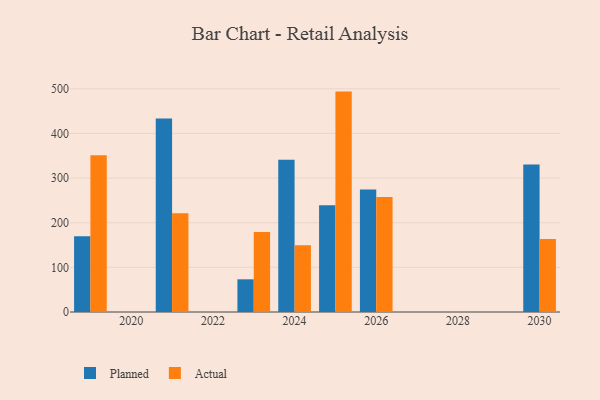
{"axis": {"x": "Year", "y": "Churn Rate (%)"}, "legend": ["Actual", "Planned"], "data": [{"x": "2021", "y": 433.4, "type": "Planned"}, {"x": "2021", "y": 221.1, "type": "Actual"}, {"x": "2025", "y": 239.4, "type": "Planned"}, {"x": "2025", "y": 493.7, "type": "Actual"}, {"x": "2023", "y": 73.2, "type": "Planned"}, {"x": "2023", "y": 179.0, "type": "Actual"}, {"x": "2026", "y": 274.5, "type": "Planned"}, {"x": "2026", "y": 257.4, "type": "Actual"}, {"x": "2019", "y": 169.7, "type": "Planned"}, {"x": "2019", "y": 351.0, "type": "Actual"}, {"x": "2030", "y": 330.4, "type": "Planned"}, {"x": "2030", "y": 163.5, "type": "Actual"}, {"x": "2024", "y": 341.2, "type": "Planned"}, {"x": "2024", "y": 149.4, "type": "Actual"}]}